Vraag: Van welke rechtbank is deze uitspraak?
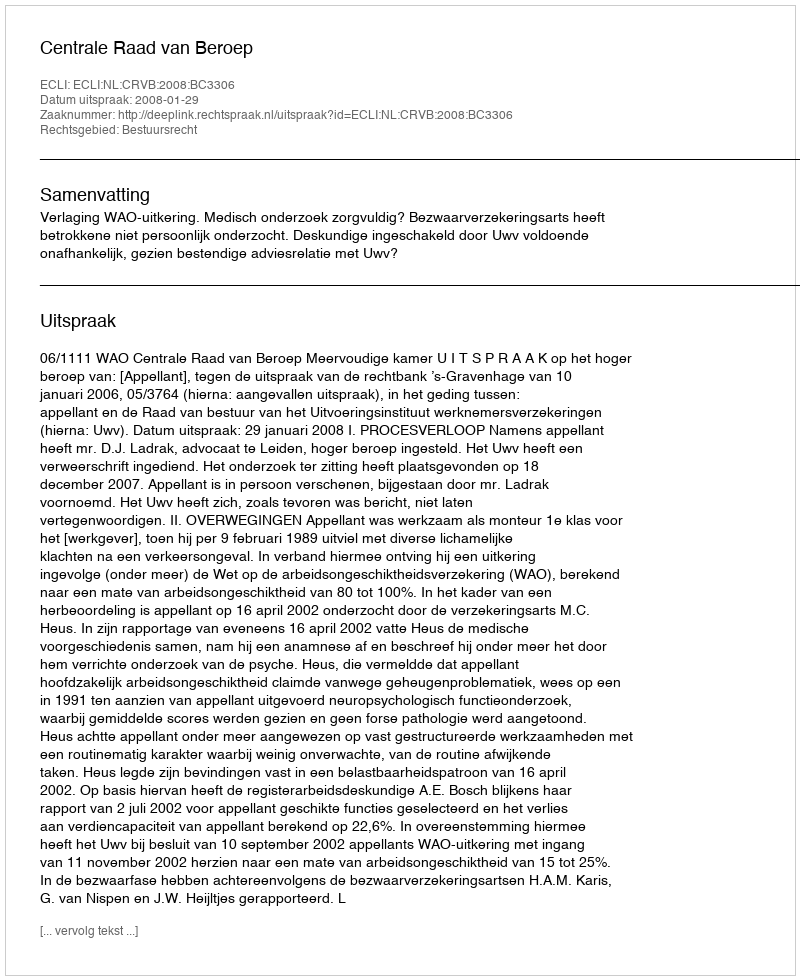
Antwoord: Centrale Raad van Beroep